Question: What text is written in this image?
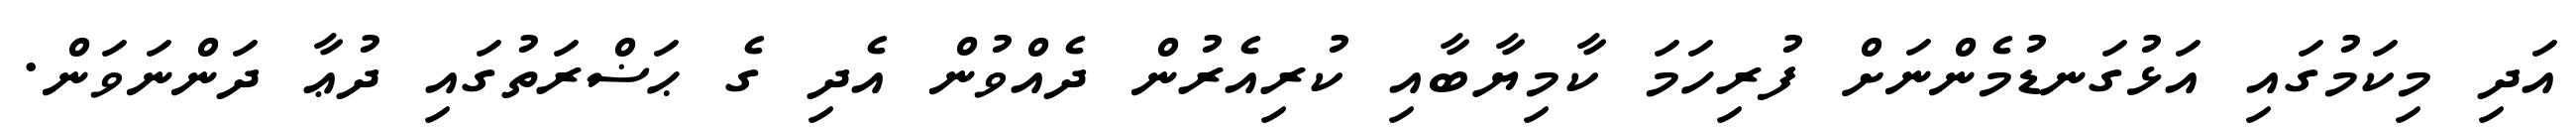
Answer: އަދި މިކަމުގައި އަޅުގަނޑުމެންނަށް ފުރިހަމަ ކާމިޔާބާއި ކުރިއެރުން ދެއްވުން އެދި ގެ ޙަޟްރަތުގައި ދުޢާ ދަންނަވަން.